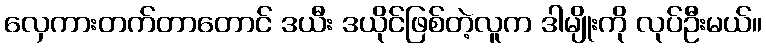
လှေကားတက်တာတောင် ဒယီး ဒယိုင်ဖြစ်တဲ့လူက ဒါမျိုးကို လုပ်ဦးမယ်။